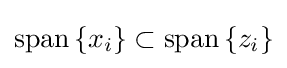
{\textstyle \operatorname {span} \left\{x_{i}\right\}\subset \operatorname {span} \left\{z_{i}\right\}}